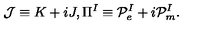
{ \cal J } \equiv K + i J , \Pi ^ { I } \equiv { \cal P } _ { e } ^ { I } + i { \cal P } _ { m } ^ { I } .